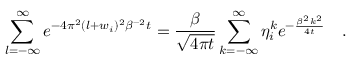
\sum _ { l = - \infty } ^ { \infty } e ^ { - 4 \pi ^ { 2 } ( l + w _ { i } ) ^ { 2 } \beta ^ { - 2 } t } = { \frac { \beta } { \sqrt { 4 \pi t } } } \sum _ { k = - \infty } ^ { \infty } \eta _ { i } ^ { k } e ^ { - { \frac { \beta ^ { 2 } k ^ { 2 } } { 4 t } } } ~ ~ ~ .